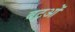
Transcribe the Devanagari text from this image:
बटुओं